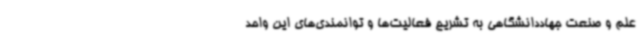
علم و صنعت جهاددانشگاهی به تشریح فعالیت‌ها و توانمندی‌های این واحد